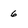
Character: 6